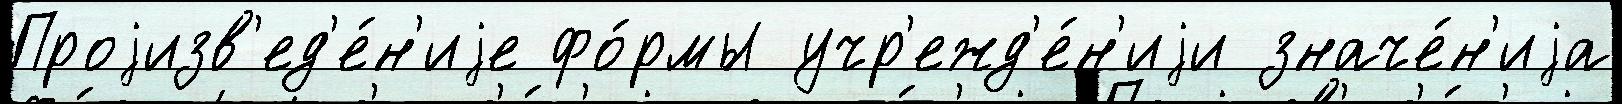
Проjизв'ед'е́н'иjе фо́рмы учр'ежд'е́н'иjи значе́н'иjа